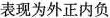
表现为外正内负